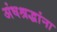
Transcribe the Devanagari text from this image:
अंधश्रद्धांना